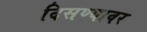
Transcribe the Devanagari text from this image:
दिसण्यावर